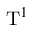
\mathrm { T } ^ { 1 }